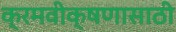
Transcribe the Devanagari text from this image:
क्रमवीक्षणासाठी